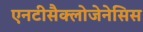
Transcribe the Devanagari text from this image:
एनटीसैक्लोजेनेसिस